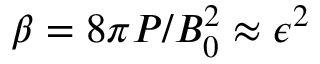
\beta = 8 \pi P / B _ { 0 } ^ { 2 } \approx \epsilon ^ { 2 }